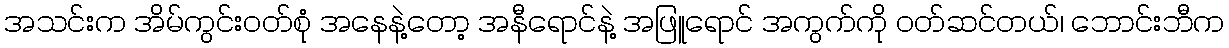
အသင်းက အိမ်ကွင်းဝတ်စုံ အနေနဲ့တော့ အနီရောင်နဲ့ အဖြူရောင် အကွက်ကို ဝတ်ဆင်တယ်၊ ဘောင်းဘီက